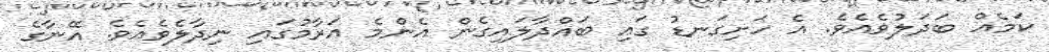
ކަމެއް ބަދަލުވެއެވެ. އެ ހަށިގަނޑު ގައި ބައްދާލައިގެން އެންމެ އަރާމުގައި ނިދާލެވެއެވެ. އޭނާގެ